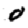
Digit: 0